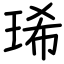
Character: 琋